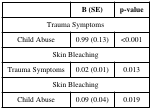
|  | B (SE) | p-value |
 | --- | --- | --- |
 | <COLSPAN=3> Trauma Symptoms |
 | Child Abuse | 0.99 (0.13) | <0.001 |
 | <COLSPAN=3> Skin Bleaching |
 | Trauma Symptoms | 0.02 (0.01) | 0.013 |
 | <COLSPAN=3> Skin Bleaching |
 | Child Abuse | 0.09 (0.04) | 0.019 |